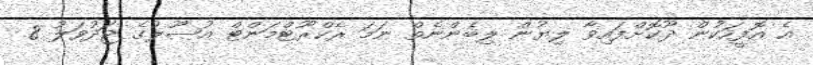
އެ އޮފީހަކުން ދޫކޮށްފައިވާ ލިޔުން ލިބެންނެތް ނަމަ ރެކްރޫޓްމަންޓް އުޞޫލުގެ ޖަދުވަލު 8